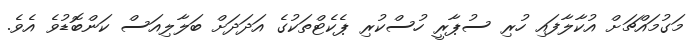
މަގުމައްޗަށް އުކާލާފައި ހުރި ސުޕާރީ ހުސްކުރި ޕެކެޓްތަކުގެ އަދަދަށް ބަލާލިއަސް ކަންބޮޑުވެ އެވެ.